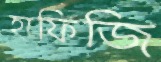
হাফিজি